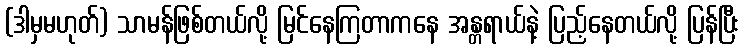
(ဒါမှမဟုတ်) သာမန်ဖြစ်တယ်လို့ မြင်နေကြတာကနေ အန္တရာယ်နဲ့ ပြည့်နေတယ်လို့ ပြန်ပြီး